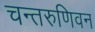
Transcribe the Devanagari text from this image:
चन्तरुणिवन